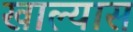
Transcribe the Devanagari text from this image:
खाल्यास